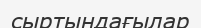
сыртындағылар